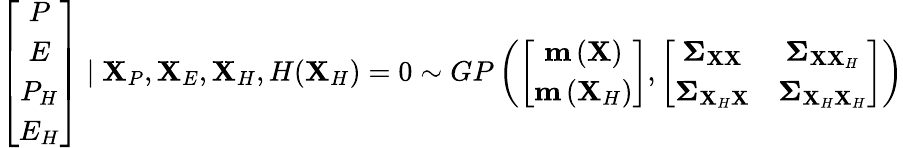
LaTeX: \left[\begin{array}{c}{P}\\ {E}\\ {P_{H}}\\ {E_{H}}\end{array}\right]\mid\mathbf{X}_{P},\mathbf{X}_{E},\mathbf{X}_{H},H(\mathbf{X}_{H})=0\sim GP\left(\left[\begin{array}{c}{\textbf{m}\left(\mathbf{X}\right)}\\ {\textbf{m}\left(\mathbf{X}_{H}\right)}\end{array}\right],\left[\begin{array}{cc}{\boldsymbol{\Sigma}_{\mathbf{X}\mathbf{X}}}&{\boldsymbol{\Sigma}_{\mathbf{X}\mathbf{X}_{H}}}\\ {\boldsymbol{\Sigma}_{\mathbf{X}_{H}\mathbf{X}}}&{\boldsymbol{\Sigma}_{\mathbf{X}_{H}\mathbf{X}_{H}}}\end{array}\right]\right)